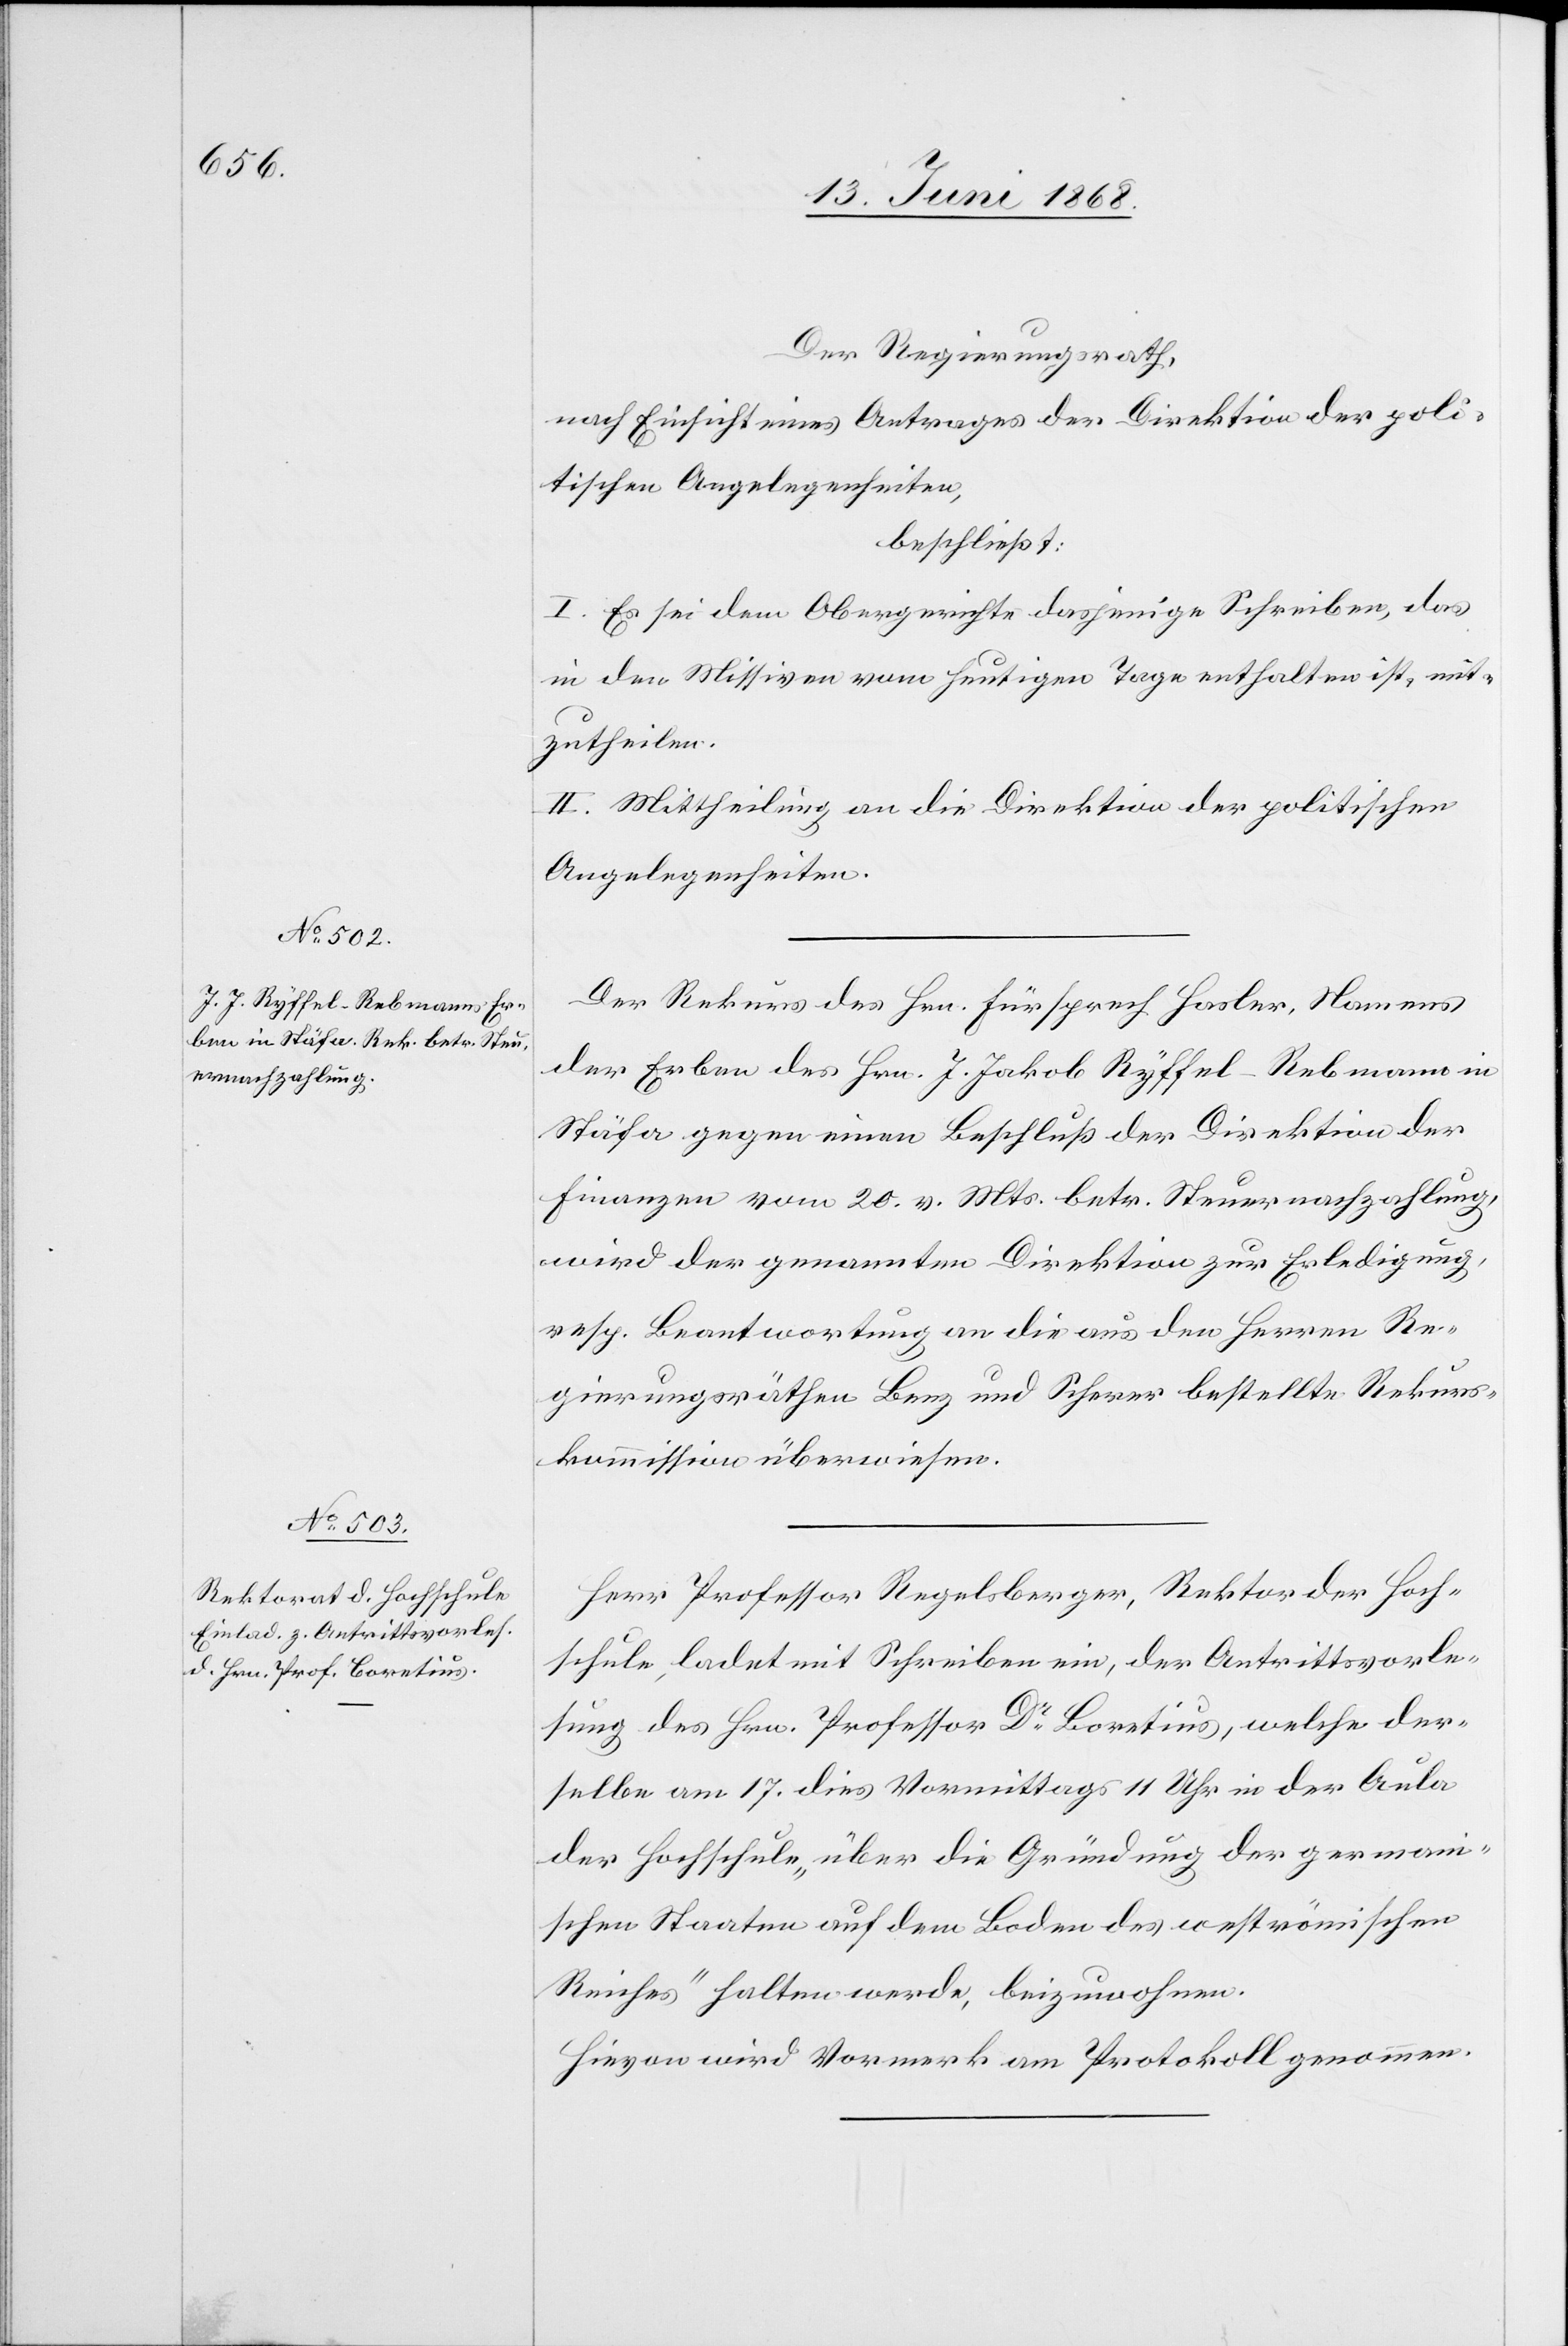
Der Regierungsrath,
nach Einsicht eines Antrages der Direktion der poli¬
tischen Angelegenheiten,
beschließt:
I. Es sei dem Obergerichte dasjenige Schreiben, das
in den Missiven vom heutigen Tage enthalten ist, mit¬
zutheilen.
II. Mittheilung an die Direktion der politischen
Angelegenheiten.
Der Rekurs des Hrn. Fürsprech Hasler, Namens
der Erben des Hrn. J. Jakob Ryffel-Rebmann in
Stäfa gegen einen Beschluß der Direktion der
Finanzen vom 20. v. Mts. betr. Steuernachzahlung,
wird der genannten Direktion zur Erledigung,
resp. Beantwortung an die aus den Herren Re¬
gierungsräthen Benz und Scherer bestellte Rekurs¬
kommission überwiesen.
Herr Professor Regelsberger, Rektor der Hoch¬
schule, ladet mit Schreiben ein, der Antrittsvorle¬
sung des Hrn. Professor Dr Boretius, welche der¬
selbe am 17. dies Vormittags 11 Uhr in der Aula
der Hochschule „über die Gründung der german¬
ischen Staaten auf dem Boden des weströmischen
Reiches“ halten werde, beizuwohnen.
Hievon wird Vormerk am Protokoll genommen.